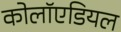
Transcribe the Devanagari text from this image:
कोलॉएडियल